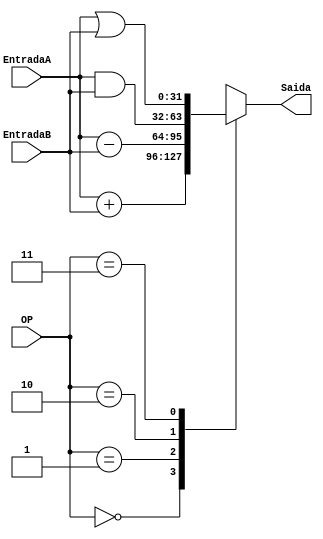
module alu( 
	input 	  [31:0] EntradaA, EntradaB,
	input 	  [1:0] OP,
	output reg [31:0] Saida
);

	always @(*) begin
		case(OP)
			2'b00: Saida <= EntradaA + EntradaB; // Operao de soma
			2'b01: Saida <= EntradaA - EntradaB;	// Operao de subtrao
			2'b10: Saida <= EntradaA & EntradaB; // Operao de AND
			2'b11: Saida <= EntradaA | EntradaB; // Operao de OR
		endcase
	end

endmodule